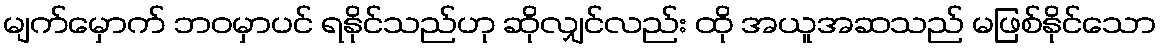
မျက်မှောက် ဘဝမှာပင် ရနိုင်သည်ဟု ဆိုလျှင်လည်း ထို အယူအဆသည် မဖြစ်နိုင်သော